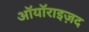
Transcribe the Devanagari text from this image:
ऑयॉराइज़द